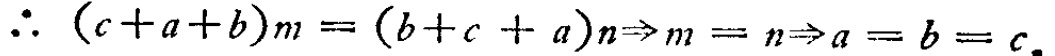
\(\therefore (c + a + b)m = (b + c + a)n\Rightarrow m = n\Rightarrow a = b = c\)